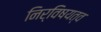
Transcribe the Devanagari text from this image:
निर्विषयत्व